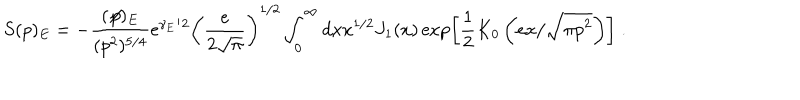
S ( p ) _ { E } = - \frac { ( \not \! p ) _ { E } } { ( p ^ { 2 } ) ^ { 5 / 4 } } \mathrm { e } ^ { \gamma _ { E } / 2 } \left( \frac { e } { 2 \sqrt { \pi } } \right) ^ { 1 / 2 } \int _ { 0 } ^ { \infty } d x x ^ { 1 / 2 } J _ { 1 } ( x ) \exp \left[ \frac { 1 } { 2 } K _ { 0 } \left( e x / \sqrt { \pi p ^ { 2 } } \right) \right] \; .